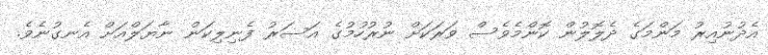
އެދުނުއިރު މަންމަގެ ދެލޮލުން ކޮންމެވެސް ވަރަކަށް ނުރުހުމުގެ އަސަރު ފެނިލިކަން ނާޔަލްއަށް އެނގުނެވެ.